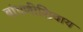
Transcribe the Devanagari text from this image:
बांधणीशिवाय